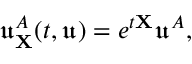
\mathfrak { u } _ { \mathbf { X } } ^ { A } ( t , \mathfrak { u } ) = e ^ { t \mathbf { X } } \mathfrak { u } ^ { A } ,